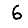
Digit: 6